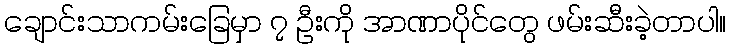
ချောင်းသာကမ်းခြေမှာ ၇ ဦးကို အာဏာပိုင်တွေ ဖမ်းဆီးခဲ့တာပါ။